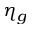
\eta _ { g }